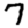
Digit: 7